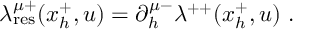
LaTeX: \lambda _ { \mathrm { r e s } } ^ { \mu + } ( x _ { h } ^ { + } , u ) = \partial _ { h } ^ { \mu - } \lambda ^ { + + } ( x _ { h } ^ { + } , u ) \ .